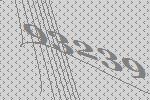
93239